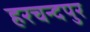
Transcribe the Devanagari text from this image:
हरचन्दपुर